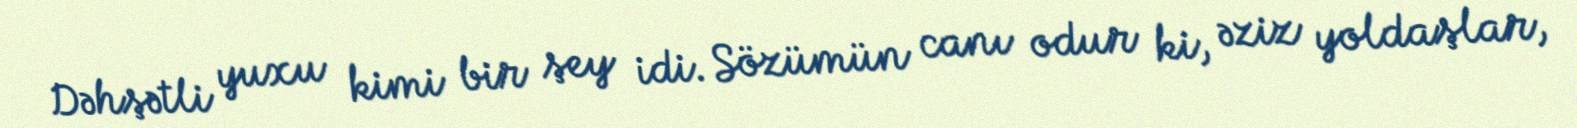
Dəhşətli yuxu kimi bir şey idi. Sözümün canı odur ki, əziz yoldaşlar,